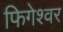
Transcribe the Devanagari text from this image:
फिगेश्वर